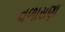
વળાસણા